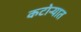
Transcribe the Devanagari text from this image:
कटोऱ्यात